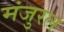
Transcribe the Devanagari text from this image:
मंजुरल